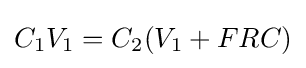
C_{1}V_{1}=C_{2}(V_{1}+FRC)